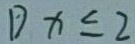
D x \leq 2